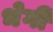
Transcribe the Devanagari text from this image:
भेगी